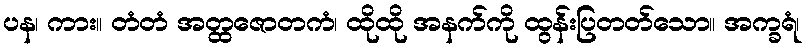
ပန၊ ကား။ တံတံ အတ္ထဇောတကံ၊ ထိုထို အနက်ကို ထွန်းပြတတ်သော။ အက္ခရံ၊